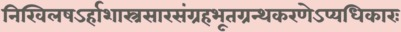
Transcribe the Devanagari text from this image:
निखिलषऽर्हाशास्त्रसारसंग्रहभूतग्रन्थकरणेऽप्यधिकारः